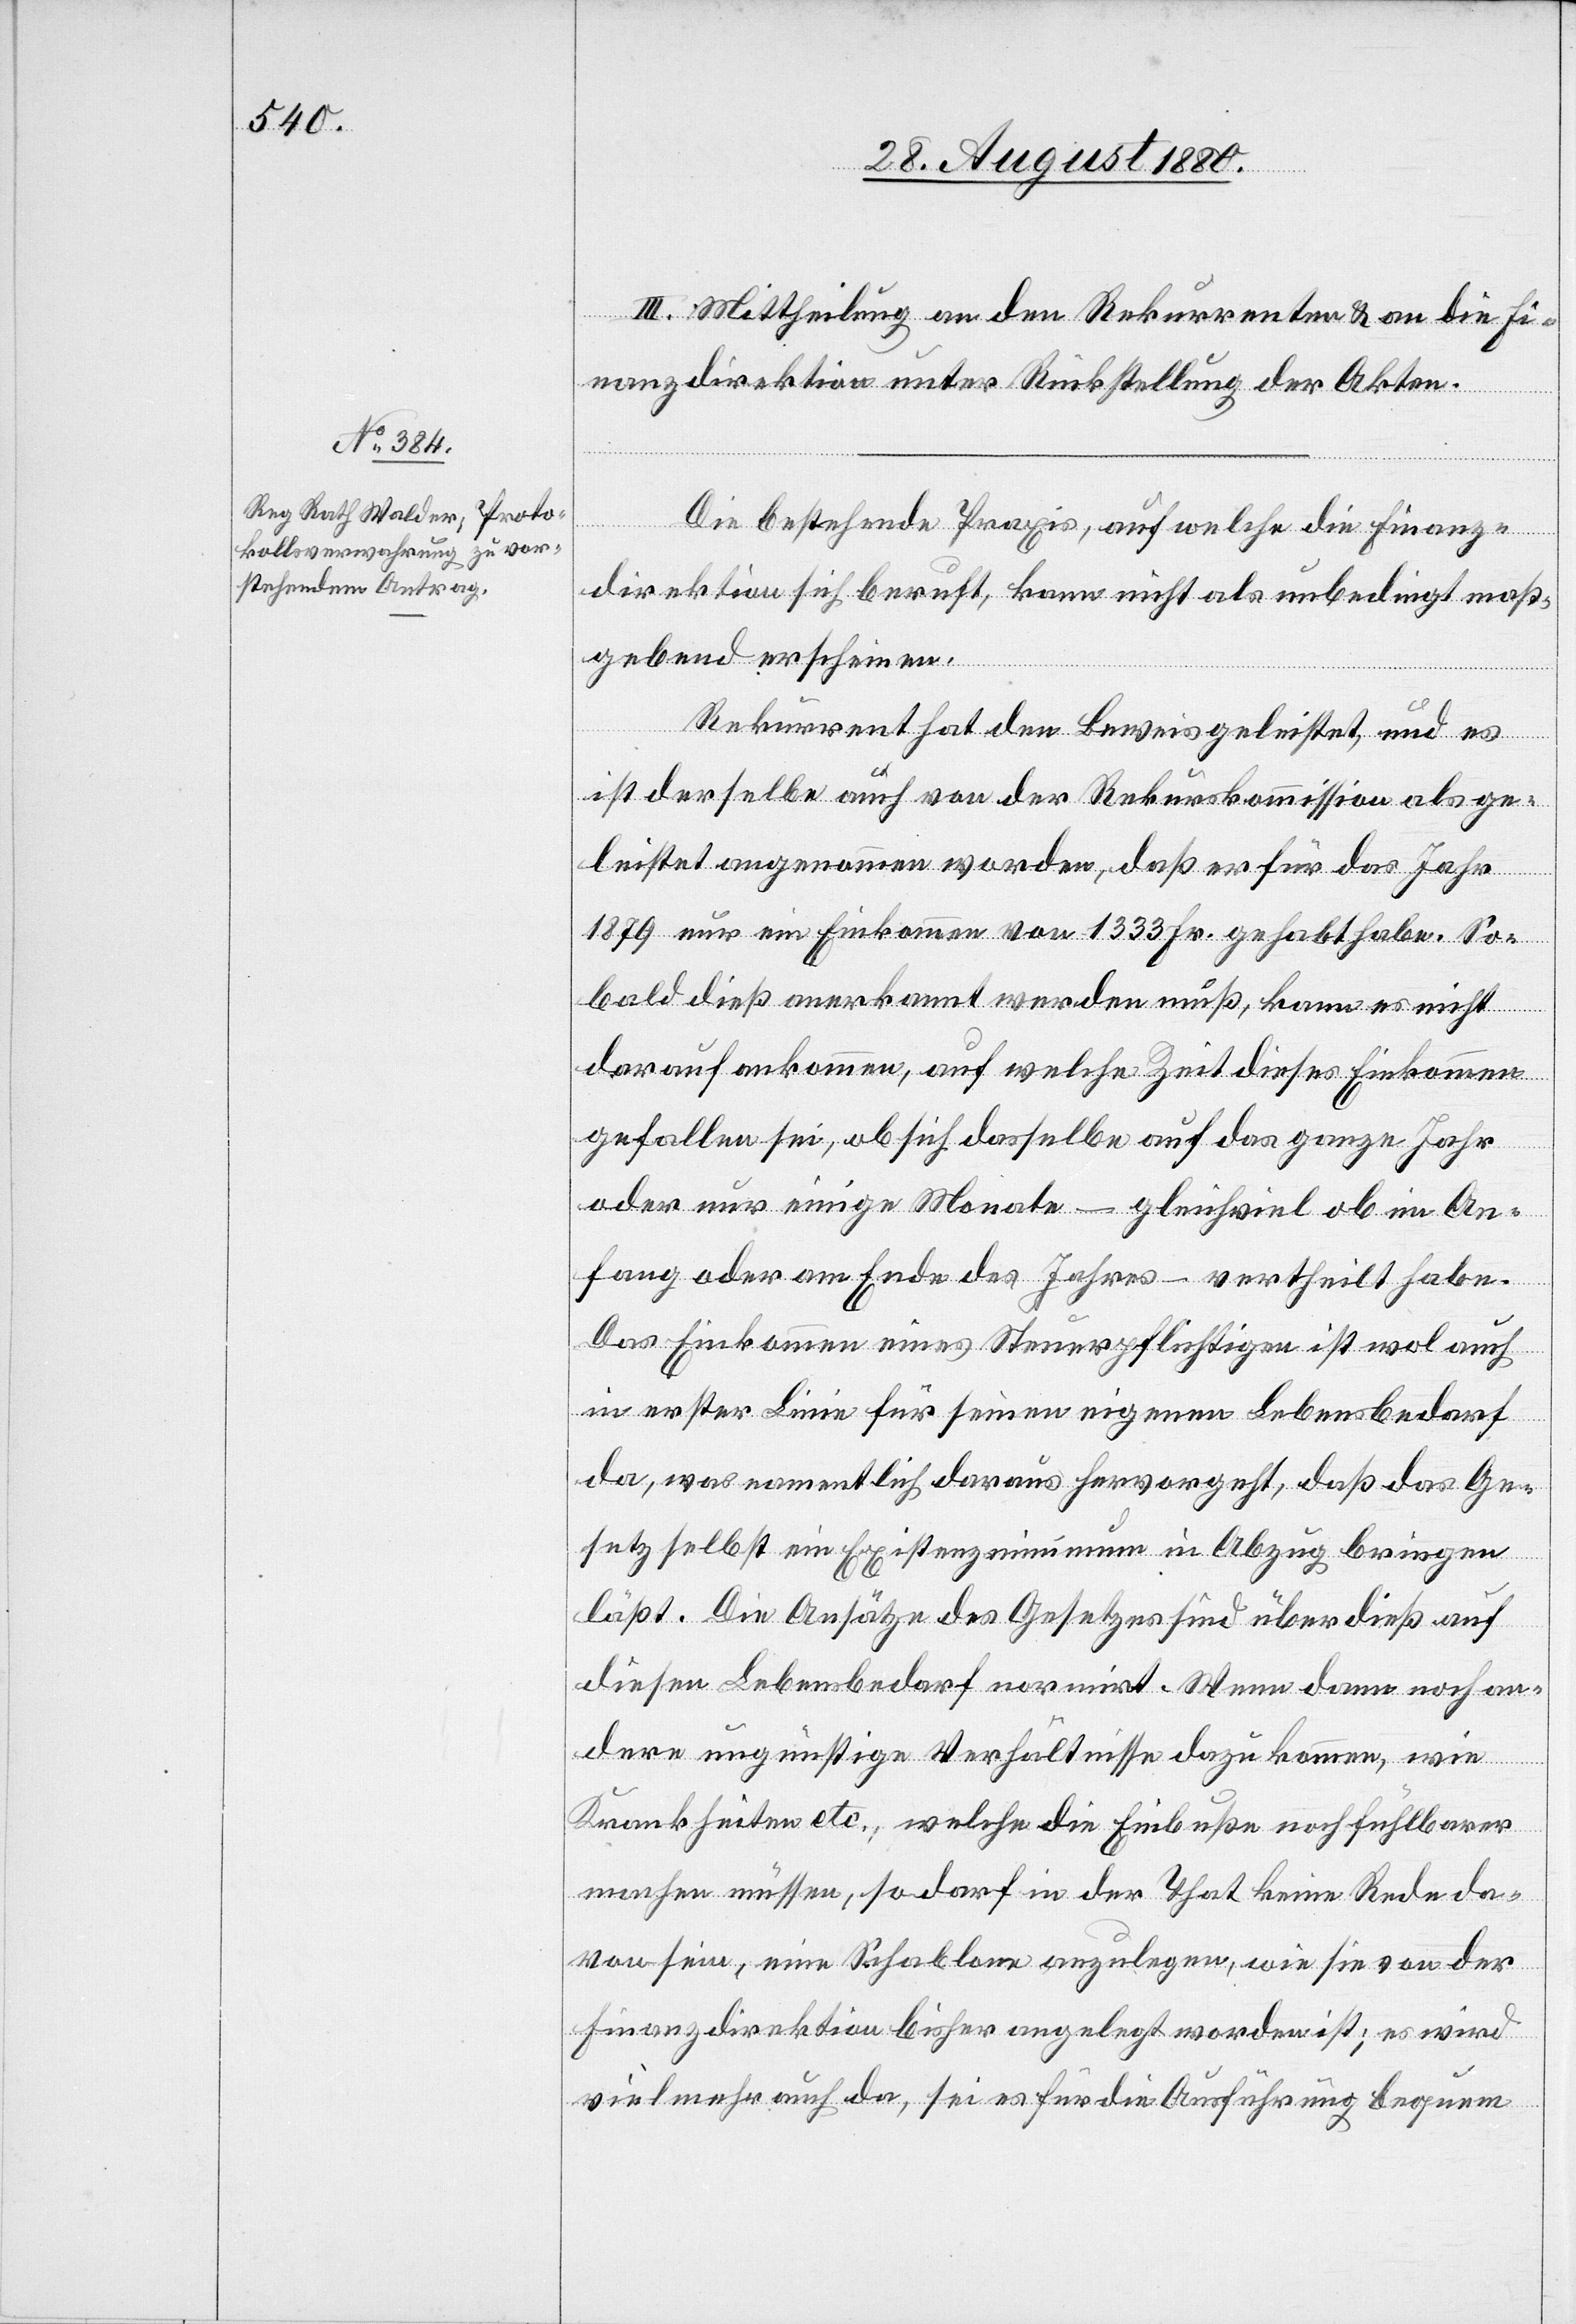
III. Mittheilung an den Rekurrenten & an die Fi¬
nanzdirektion unter Rückstellung der Akten.
[Fortsetz¬
Die bestehende Praxis, auf welche die Finanz¬
direktion sich beruft, kann nicht als unbedingt maß¬
gebend erscheinen.
Rekurrent hat den Beweis geleistet, und es
ist derselbe auch von der Rekurskommission als ge¬
leistet angenommen worden, daß er für das Jahr
ung
1879 nur ein Einkommen von 1333 Fr. gehabt habe. So¬
bald dieß anerkannt werden muß, kann es nicht
darauf ankommen, auf welche Zeit dieses Einkommen
gefallen sei, ob sich dasselbe auf das ganze Jahr
oder nur einige Monate – gleichwohl ob im An¬
fang oder am Ende des Jahres – vertheilt habe.
Das Einkommen eines Steuerpflichtigen ist wol auch
in erster Linie für seinen eigenen Lebensbedarf
da, was namentlich daraus hervorgeht, daß das Ge¬
setz selbst ein Existenzminimum in Abzug bringen
läßt. Die Ansätze des Gesetzes sind überdieß auf
diesen Lebensbedarf normirt. Wenn dann noch an¬
dere ungünstige Verhältnisse dazu kommen, wie
Krankheiten etc., welche die Einbuße noch fühlbarer
machen müssen, so darf in der That keine Rede da¬
von sein, eine Schablone anzulegen, wie sie von der
Finanzdirektion bisher angelegt worden ist; es wird
vielmehr auch da, sei es für die Ausführung bequem